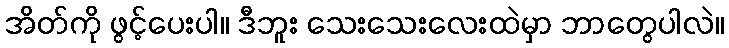
အိတ်ကို ဖွင့်ပေးပါ။ ဒီဘူး သေးသေးလေးထဲမှာ ဘာတွေပါလဲ။